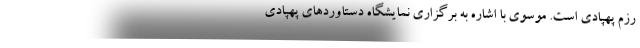
رزم پهپادی است. موسوی با اشاره به برگزاری نمایشگاه دستاوردهای پهپادی